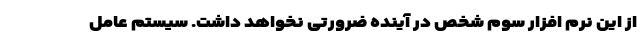
از این نرم افزار سوم شخص در آینده ضرورتی نخواهد داشت. سیستم عامل